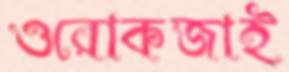
ওরোকজাই